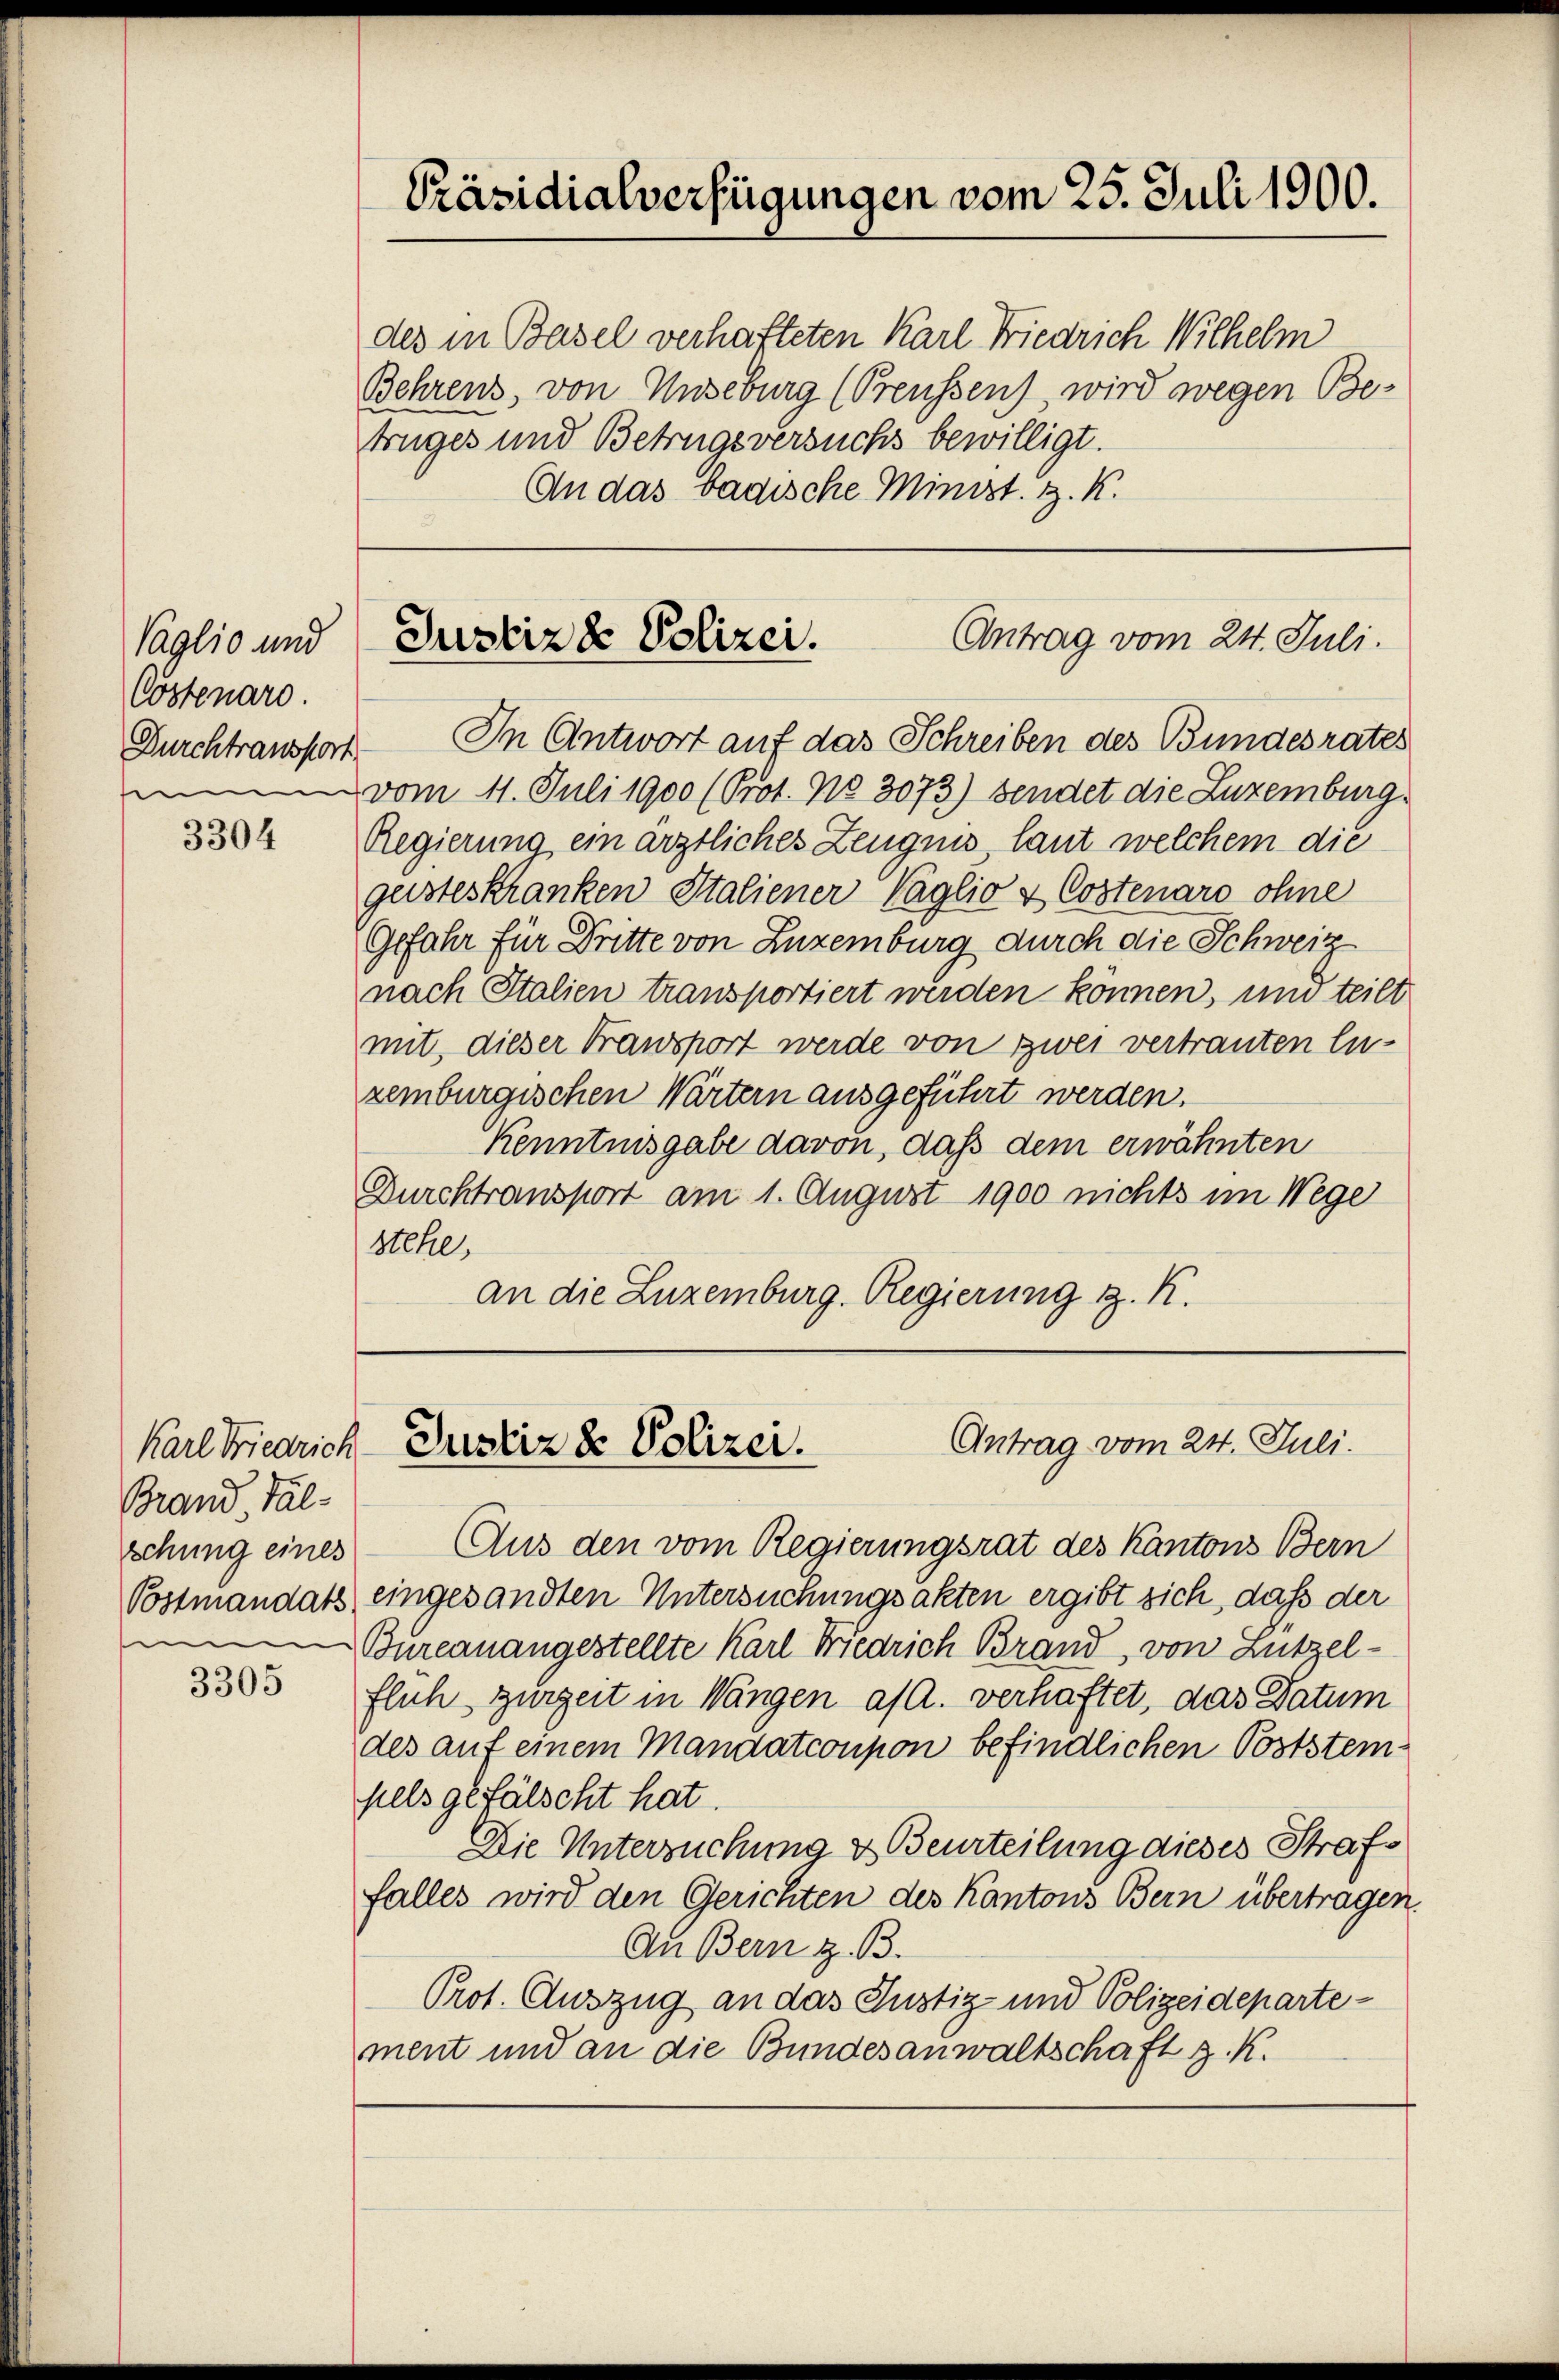
Vaglio und
Cöstenaro.

3304

Brand, Val-
schung eines
f

3305

Präsidialverfügungen vom 25. Juli 1900.

des in Basel verhafteten Karl Friedrich Wilhelm
Behrens, von Unseburg (Preussen), wird wegen Betruges und Betrugsversuchs bewilligt.
An das badische Minist. H. K.

Antrag vom 24. Juli.
Justiz & Polizei.

Durchtransport. In Antwort auf das Schreiben des Bundesrates
vom 11. Juli 1900 (Prot. No 3073) sendet die Luzemburg,
Regierung ein ärztliches Zeugnis laut welchem die
gesteskranken Italiener Vaglio & Costenaro ohne
Gefahr für Dritte von Luzemburg durch die Schweiz
nach Italien transportiert werden können, um teilt
mit, dieser Fransport werde von zwei vertrauten Enzeiburgischen Wärtern ausgeführt werden.
Kenntnisgabe davon, daß dem erwähnten
Durchtransport am 1. August 1900 nichts im Wege
Stehe,
an die Luzemburg. Regierung z. K.

Antrag vom 24. Juli.
Karl Bicarich Justiz & Polizei.

Aus den vom Regierungsrat des Kantons Bern
Postmandats eingesandten Untersuchungsakten ergibt sich, daß der
Bureanangestellte Karl Friedrich Brand, von Lützelflich zurzeit in Wangen a/A. verhaftet, das Datum
des auf einem Mandatconpon befindlichen Poststeinfels gefälscht hat.
Die Untersuchung & Beurteilung dieses Strafs
falles wird den Gerichten des Kantons Bern übertragen.
An Bern z. B.
Prot. Auszug an das Justiz- und Polizeidepartement und an die Bundesanwaltschaft z. K.